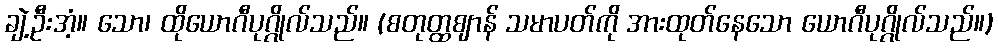
ချဲ့ဦးအံ့။ သော၊ ထိုယောဂီပုဂ္ဂိုလ်သည်။ (စတုတ္ထဈာန် သမာပတ်ကို အားထုတ်နေသော ယောဂီပုဂ္ဂိုလ်သည်။)